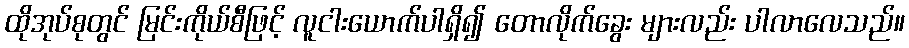
ထိုအုပ်စုတွင် မြင်းကိုယ်စီဖြင့် လူငါးယောက်ပါရှိ၍ တောလိုက်ခွေး များလည်း ပါလာလေသည်။